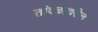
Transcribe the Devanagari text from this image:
तांदळावरील